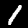
Label: 1